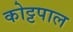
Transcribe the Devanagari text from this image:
कोट्टपाल